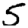
Digit: 5